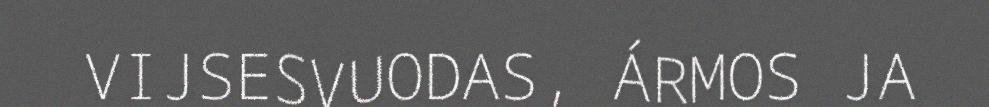
VIJSESVUODAS, ÁRMOS JA